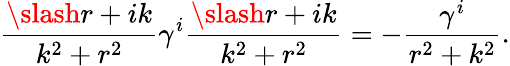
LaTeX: {\frac{\slash{r}+ik}{k^{2}+r^{2}}}\gamma^{i}{\frac{\slash{r}+ik}{k^{2}+r^{2}}}=-{\frac{\gamma^{i}}{r^{2}+k^{2}}}.